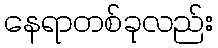
နေရာတစ်ခုလည်း